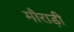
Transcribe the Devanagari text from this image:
मौराड़ी